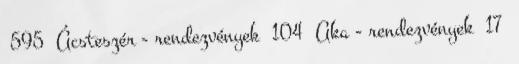
595 Ácsteszér - rendezvények 104 Aka - rendezvények 17